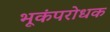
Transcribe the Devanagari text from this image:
भूकंपरोधक